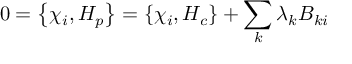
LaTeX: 0 = \left\{ \chi _ { i } , H _ { p } \right\} = \left\{ \chi _ { i } , H _ { c } \right\} + \sum _ { k } \lambda _ { k } B _ { k i }